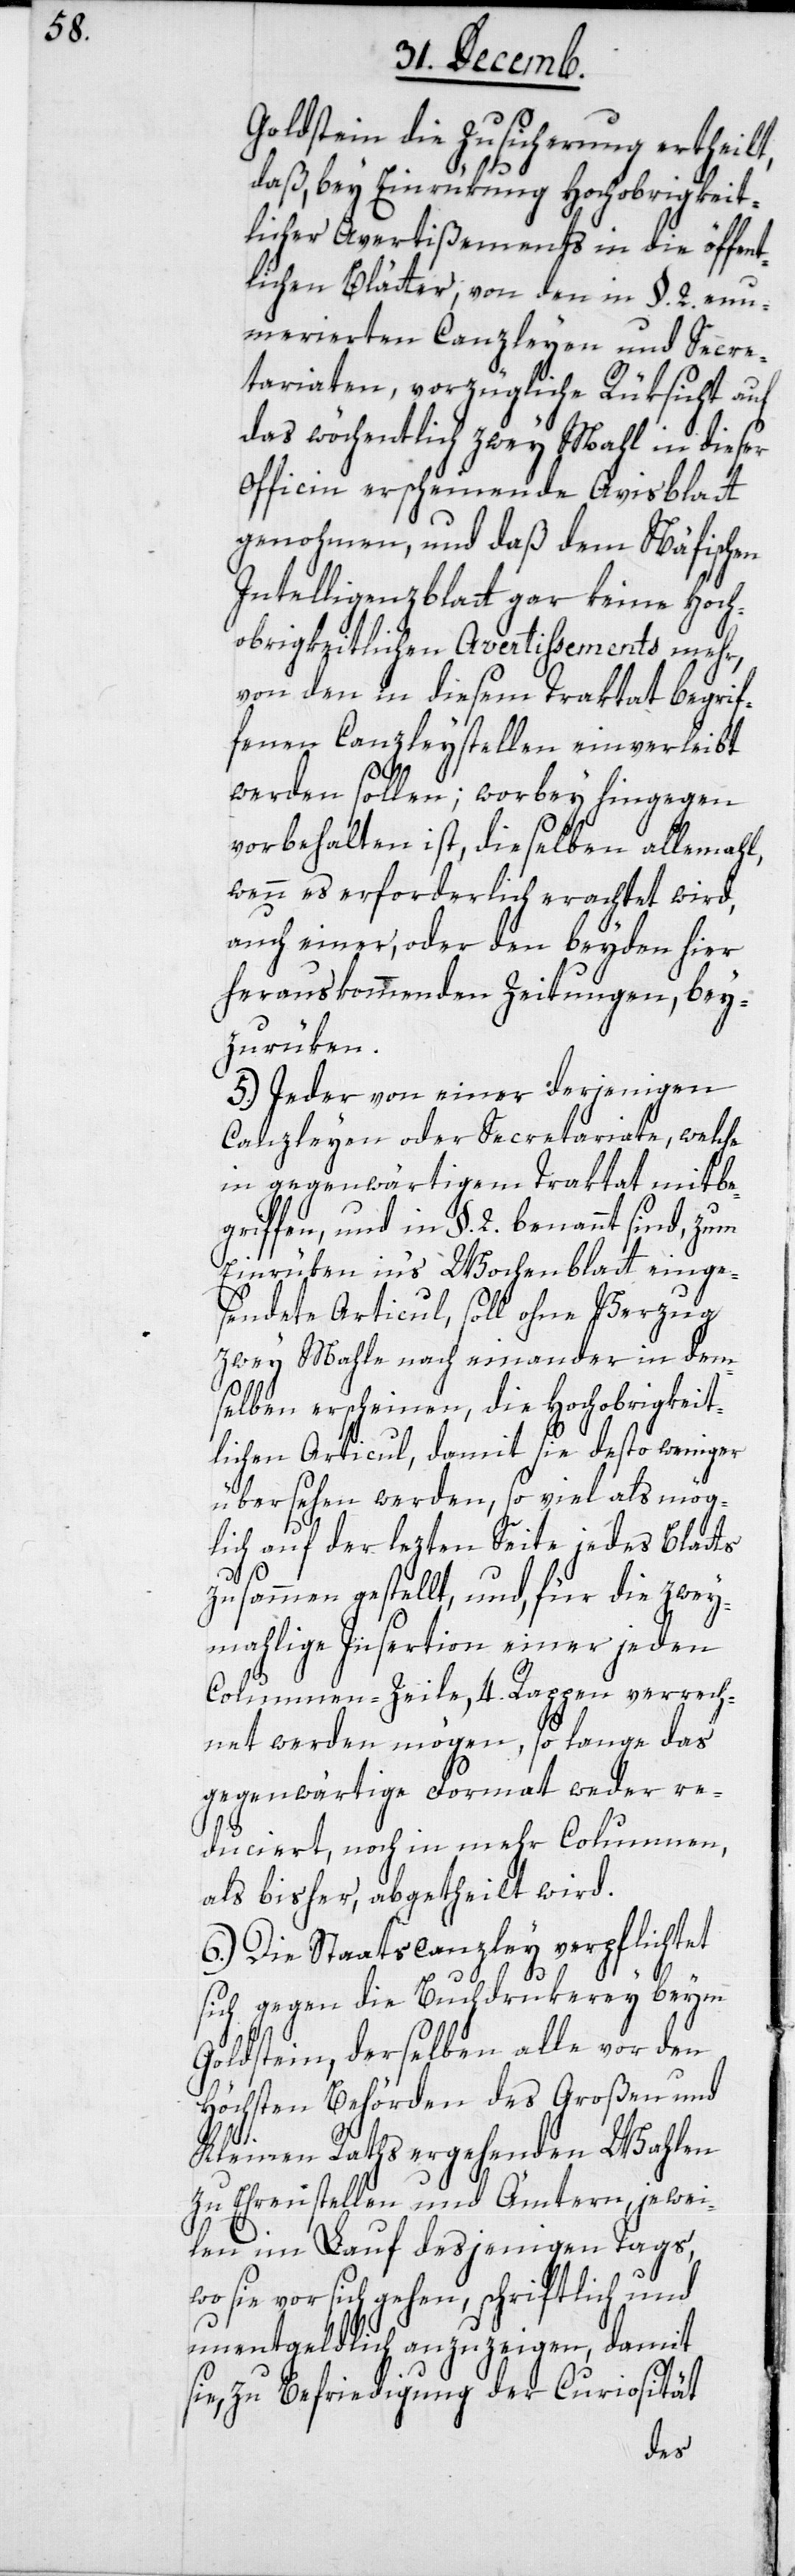
Goldstein die Zusicherung ertheilt,
daß bey Einrükung Hochobrigkeit¬
licher Avertißements in die öffent¬
lichen Blätter, von den in §. 2. en¬
umerierten Canzleyen und Secre¬
tariaten, vorzügliche Rüksicht auf
das wöchentlich zwey Mahl in dieser
Officin erscheinende Avisblatt
genohmen, und daß dem Näfischen
Intelligenzblatt gar keine Hoch¬
obrigkeitlichen Avertissements mehr,
von den in diesem Traktat begrif¬
fenen Canzleystellen einverleibt
werden sollen; worbey hingegen
vorbehalten ist, dieselben allemahl,
wenn es erforderlich erachtet wird,
auch einer oder den beyden hier
herauskommenden Zeitungen, bey¬
zurüken.
5.) Jeder von einer derjenigen
Canzleyen oder Secretariate, welche
in gegenwärtigem Traktat mitbe¬
griffen, und in §. 2. benannt sind, zum
Einrüken in’s Wochenblatt einge¬
sendete Articul, soll ohne Verzug
zwey Mahle nach einander in dem¬
selben erscheinen, die Hochobrigkeit¬
lichen Articul, damit sie desto weniger
übersehen werden, so viel als mög¬
lich auf der lezten Seite jedes Blatts
zusammen gestellt, und, für die zwey¬
mahlige Insertion einer jeden
Columnen-Zeile, 4. Rappen verrech¬
net werden mögen, so lange das
gegenwärtige Format weder re¬
duciert, noch in mehr Columnen,
als bisher, abgetheilt wird.
6.) Die Staatscanzley verpflichtet
sich gegen die Buchdrukerey beym
Goldstein, derselben alle vor den
höchsten Behörden des Großen und
Kleinen Raths ergehenden Wahlen
zu Ehrenstellen und Ämtern, jewei¬
len im Lauf desjenigen Tags,
wo sie vor sich gehen, schriftlich und
unentgeldlich anzuzeigen, damit
sie, zu Befriedigung der Curiosität